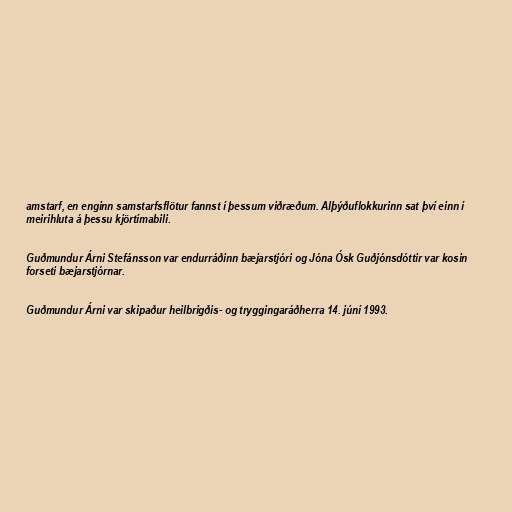
amstarf, en enginn samstarfsflötur fannst í þessum viðræðum. Alþýðuflokkurinn sat því einn í
meirihluta á þessu kjörtímabili.

Guðmundur Árni Stefánsson var endurráðinn bæjarstjóri og Jóna Ósk Guðjónsdóttir var kosin
forseti bæjarstjórnar.

Guðmundur Árni var skipaður heilbrigðis- og tryggingaráðherra 14. júní 1993.